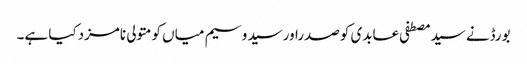
بورڈنے سیدمصطفی عابدی کوصدراورسید وسیم میاں کومتولی نامزدکیا ہے۔